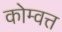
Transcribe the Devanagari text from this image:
कोम्वत्त